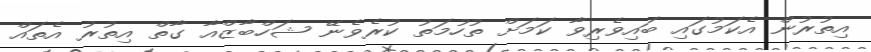
އިތުރުން އެކަމުގައި ބައިވެރިވާ ކަމަށް ތުހުމަތު ކުރެވެނޭ ޝަހްބާޒްއާ ގާތް އިތުރު އެތައް